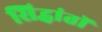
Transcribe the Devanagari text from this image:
सिद्धांतॉ